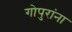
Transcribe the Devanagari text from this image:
गोपुरांना